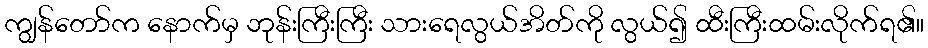
ကျွန်တော်က နောက်မှ ဘုန်းကြီးကြီး သားရေလွယ်အိတ်ကို လွယ်၍ ထီးကြီးထမ်းလိုက်ရ၏။